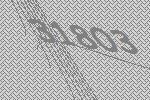
31803